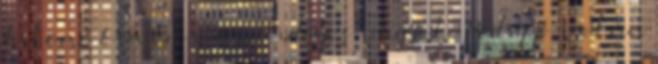
kilenc óra én máris ideges vagyok. Pedig jó volna